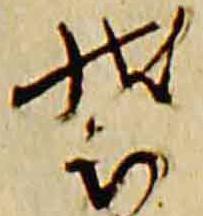
装